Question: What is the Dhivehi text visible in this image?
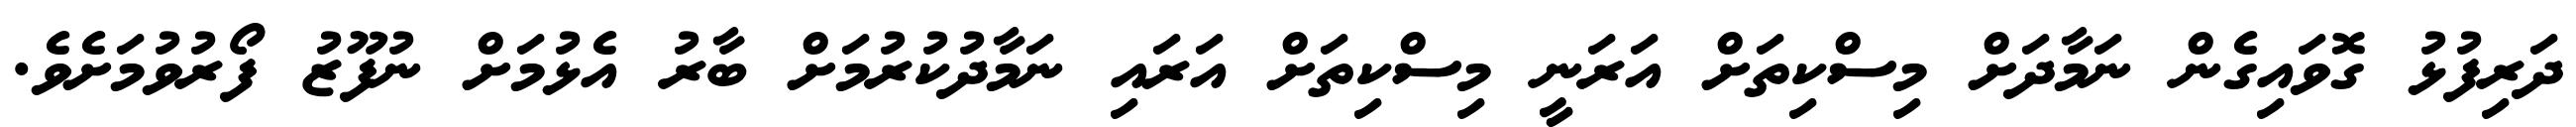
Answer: ދަރިފުޅު ގޮވައިގެން ނަމާދަށް މިސްކިތަށް އަރަނީ މިސްކިތަށް އަރައި ނަމާދުކުރުމަށް ބާރު އެޅުމަށް ނުފޫޒު ފޯރުވުމަށެވެ.